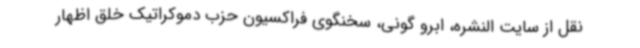
نقل از سایت النشره، ابرو گونی، سخنگوی فراکسیون حزب دموکراتیک خلق اظهار